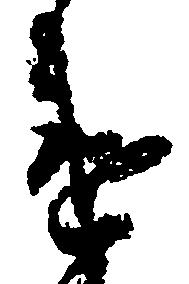
違